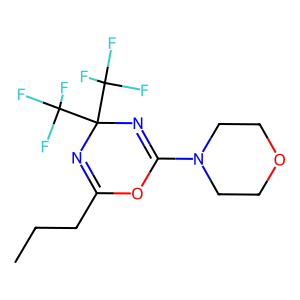
SMILES: CCCC1=NC(C(F)(F)F)(C(F)(F)F)N=C(N2CCOCC2)O1
Inhibits HIV replication: No